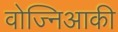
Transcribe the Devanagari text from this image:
वोज्निआकी